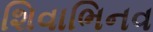
શિવાભિનવ